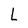
Character: L